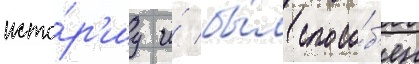
исто́р'иу и́ бы́л спосо́б'ен